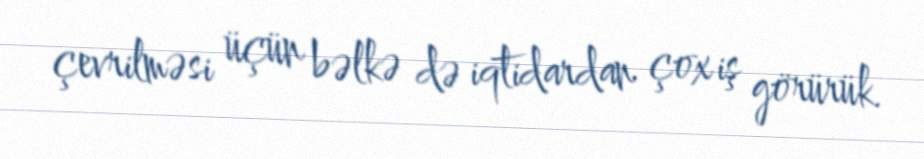
çevrilməsi üçün bəlkə də iqtidardan çox iş görürük.